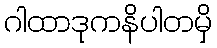
ဂါထာဒုကနိပါတမှိ